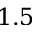
1 . 5